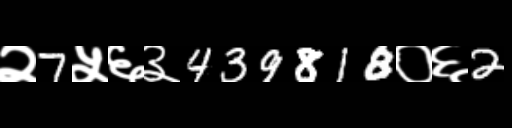
Text: २7५६३439818०६2